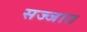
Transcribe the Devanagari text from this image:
सज्जात